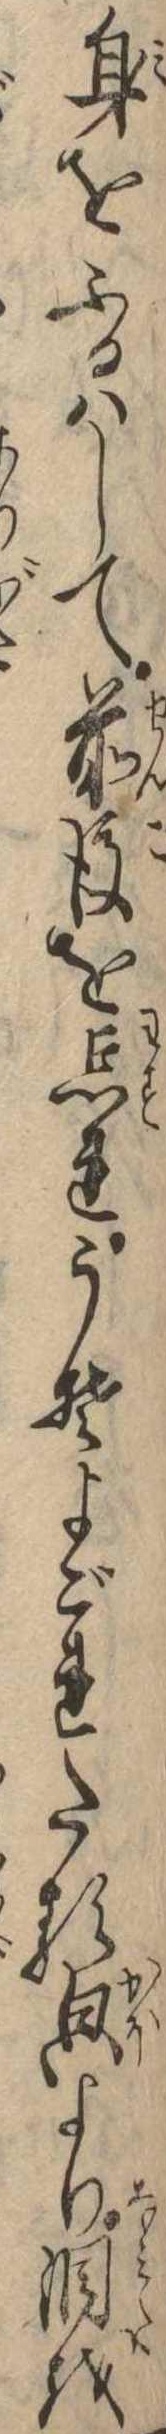
身をふるはして前後を忘れうそよごれたるより涙を